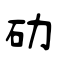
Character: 劯